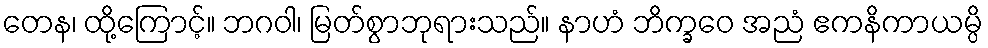
တေန၊ ထို့ကြောင့်။ ဘဂဝါ၊ မြတ်စွာဘုရားသည်။ နာဟံ ဘိက္ခဝေ အညံ ဧကနိကာယမ္ပိ